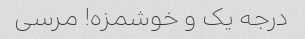
درجه یک و خوشمزه! مرسی